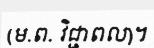
(ម.ព. វិជ្ជាពល)។